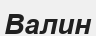
Валин